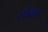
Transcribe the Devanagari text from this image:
लोढणं